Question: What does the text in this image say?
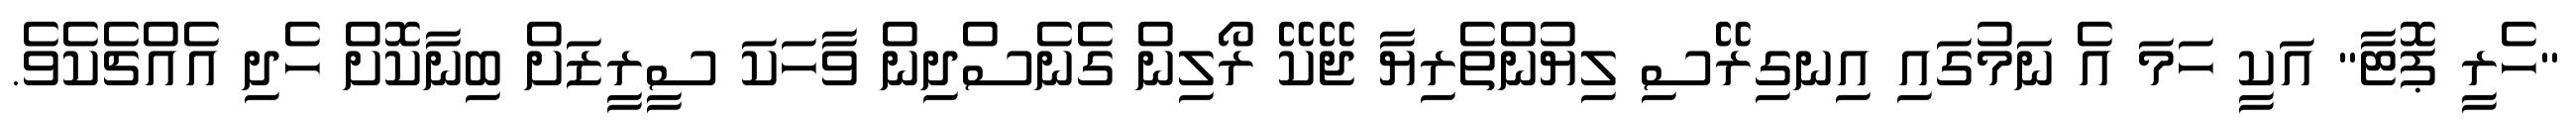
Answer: "ހެރީ ޕޮޓާ" އަކީ ހަމަ އެ ނަމުގައި އިނގިރޭސި ލިޔުންތެރިޔާ ޖޭކޭ ރޯލިން ގެނެސްދިން ވާހަކަ ސީރީޒަށް ބިނާކޮށް ހެދި އެއްޗެކެވެ.